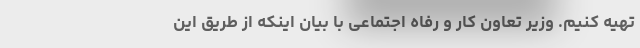
تهیه کنیم. وزیر تعاون کار و رفاه اجتماعی با بیان اینکه از طریق این